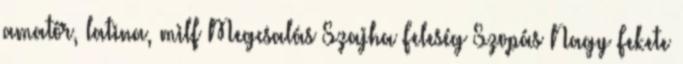
amatőr, latina, milf Megcsalás Szajha Feleség Szopás Nagy Fekete